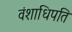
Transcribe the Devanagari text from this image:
वंशाधिपति